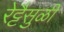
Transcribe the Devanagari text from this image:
रेट्टैसुळी